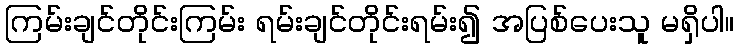
ကြမ်းချင်တိုင်းကြမ်း ရမ်းချင်တိုင်းရမ်း၍ အပြစ်ပေးသူ မရှိပါ။